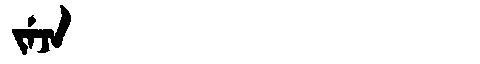
Manchu: ᠵᡝᠵᠠ
Romanization: JEJA